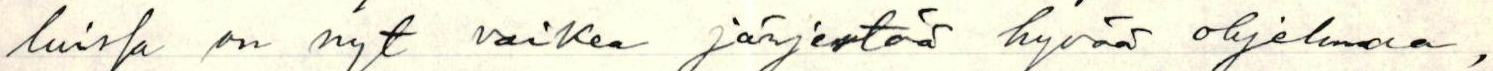
luissa on nyt vaikea järjestää hyvää ohjelmaa,